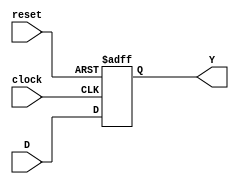
//Brandon Amisael Garrido Ramrez
//Carnet 19421
//Proyecto Cajero Automtico

//Flip flop tipo D
module FlipFlopD(input wire clock, reset, input wire D, output reg Y);
  always @ (posedge clock, posedge reset) begin
      if (reset) begin
        Y <= 1'b0;
      end
      else begin
        Y <= D;
      end
    end
endmodule

// contador inverso desde 111 base 2, 7 en base 10 hasta cero
// la entrada retiro, sustituye la seal del clock en el contador
module Down_Counter(input wire retiro, reset, output reg[2:0] count);
  initial count = 3'b111;
  always @ (posedge retiro or posedge reset) begin
    if(reset) begin
     count <= 3'b111;
    end
    else begin
     count <= count - 3'd1;
    end
  end
endmodule


//FSM Antirebote
module FSMAntirebote (input wire Push, clock, reset, output wire Y);
  wire AS, NS; // Actual State, Next State
  //instanciacion del flip flop a utilizar en la mquina
  FlipFlopD FF1(clock, reset, NS, AS);
  //asignacin para estado futuro
  assign NS = Push;
  //asignacin para salida
  assign Y = ~AS & Push;
endmodule


//FSM Retiro
module FSMRetiro (input wire Pulso, clock, reset, output wire Y);
  wire AS1, NS1; // Actual State, Next State
  wire AS2, NS2; // Actual State, Next State
  //instanciacion del flip flop a utilizar en la mquina
  FlipFlopD FF1(clock, reset, NS1, AS1);
  FlipFlopD FF2(clock, reset, NS2, AS2);
  //asignacin para estado futuro
  assign NS1 = ~AS1 & ~AS2 & Pulso;
  assign NS2 = AS1;
  //asignacin para salida
  assign Y = AS1;
endmodule


//FSM Login
module FSMLogin (input wire [3:0] Pin, input wire [2:0] Int, input wire clock, reset, output wire [2:0] Display, output wire Login);
  wire AS1, NS1; // Actual State, Next State
  wire AS2, NS2; // Actual State, Next State
  //instanciacion del flip flop a utilizar en la mquina
  FlipFlopD FF1(clock, reset, NS1, AS1);
  FlipFlopD FF2(clock, reset, NS2, AS2);
  //asignacin para estado futuro

  assign NS1 = (~AS2 & ~Int[2] & ~Int[1] & Int[0] & ~Pin[3] & ~Pin[2] & Pin[1] & ~Pin[0]) | (AS2 & Int[2] & Int[1] & Int[0] & Pin[3] & ~Pin[2] & ~Pin[1] & Pin[0]) | (AS1 & ~Int[0]) | (AS1 & Pin[0]) | (AS1 & ~Pin[1]) | (AS1 & Pin[3]) | (AS1 & ~Int[1]) | (AS1 & Int[2]) | (AS1 & ~Pin[2]) | (AS2 & AS1) ;
  assign NS2 = (AS1 & ~Int[2] & Int[1] & Int[0] & ~Pin[3] & Pin[2] & Pin[1] & ~Pin[0]) | AS2 ;
  //asignacin para salidas
  assign Display[0] = AS2 | AS1;
  assign Display[1] = AS2;
  assign Display[2] = AS2 & AS1;
  assign Login = AS2 & AS1;
endmodule


//FSM Cajero
module FSMCajero (input wire on, contador, login, retiro, consulta, clock, reset, output wire [2:0] Estado, output wire Display_Saldo);
  wire AS1, NS1; // Actual State, Next State
  wire AS2, NS2; // Actual State, Next State
  wire AS3, NS3; // Actual State, Next State
  //instanciacion del flip flop a utilizar en la mquina
  FlipFlopD FF1(clock, reset, NS1, AS1);
  FlipFlopD FF2(clock, reset, NS2, AS2);
  FlipFlopD FF3(clock, reset, NS3, AS3);
  //asignacin para estado futuro

  assign NS1 = (AS2 & AS1 & on & contador) | (~AS2 & ~AS1 & on & contador) | (~AS2 & AS1 & on & ~contador) | (~AS2 & AS1 & ~contador & ~login & ~consulta & ~retiro) | (AS1 & on & contador & ~login)  | (~AS1 & on & contador & ~consulta & retiro);
  assign NS2 = (~AS2 & AS1 & on & contador & login)  | (AS2 & ~AS1 & on & contador & ~consulta) | (AS2 & ~AS1 & on & contador & retiro);
  assign NS3 = AS2 & ~AS1 & on & contador & consulta & ~retiro;
  //asignacin para salidas
  assign Estado[0] = AS3 | (AS1 & ~AS2);
  assign Estado[1] = ~AS1 & AS2;
  assign Estado[2] = AS3 | (AS1 & AS2);
  assign Display_Saldo = AS3;
endmodule


//Union de todas las FSM, Mquina completa cajero automtico
module FSMCajeroAutomatico(input wire clock, reset, on, push1, push2, input wire [3:0] password, input wire [2:0] checks,
output wire Login, Encendido, pulso, Display_Saldo, Vacio, output wire [2:0] Display_Login, output wire [2:0] Saldo);
  wire contador, rese, retiro, consulta, Signal;
  wire [2:0] Estado;


  assign pulso = ~Estado[0] & ~Estado[1] & Estado[2];
  assign Encendido = Estado[0] | Estado[1] | Estado[2];
  assign Vacio = ~Saldo[0] & ~Saldo[1] & ~Saldo[2];
  assign contador = Saldo[0] | Saldo[1] | Saldo[2];

  FSMCajero cajero(on, contador, Login, retiro, consulta, clock, reset, Estado, Display_Saldo);
  FSMLogin logged(password,checks, clock, reset, Display_Login, Login);
  FSMRetiro retirar(pulso, clock, reset, Signal);
  Down_Counter counter(Signal, reset, Saldo);
  FSMAntirebote antirebote1(push1, clock, reset, retiro);
  FSMAntirebote antirebote2(push2, clock, reset, consulta);

endmodule